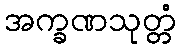
အက္ခဏသုတ္တံ